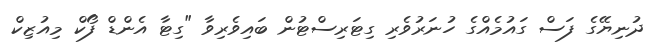
ދުނިޔޭގެ ފަސް ގައުމެއްގެ ހުނަރުވެރި ގިޓަރިސްޓުން ބައިވެރިވާ "ގިޓާ އެންޑް ފޯކް މިއުޒިކް